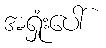
အရှုံးပေါ်